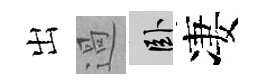
出過卧凄